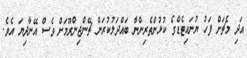
އަދި މެޗަށް ފަހު ޔުނައިޓެޑްގެ ކުޅުންތެރިންނާ ބައްދަލުކުރަން ޗޭންޖިންރޫމަށް ވެސް އޭނާދިޔަ އެވެ.